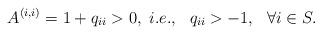
LaTeX: \begin{align*}A^{(i,i)} = 1 + q_{ii} > 0, \ i.e.,\ \ q_{ii}>-1,\ \ \forall i \in S.\end{align*}